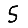
Digit: 5